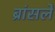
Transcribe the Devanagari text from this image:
ब्रांसले